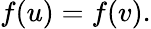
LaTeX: f(u)=f(v).